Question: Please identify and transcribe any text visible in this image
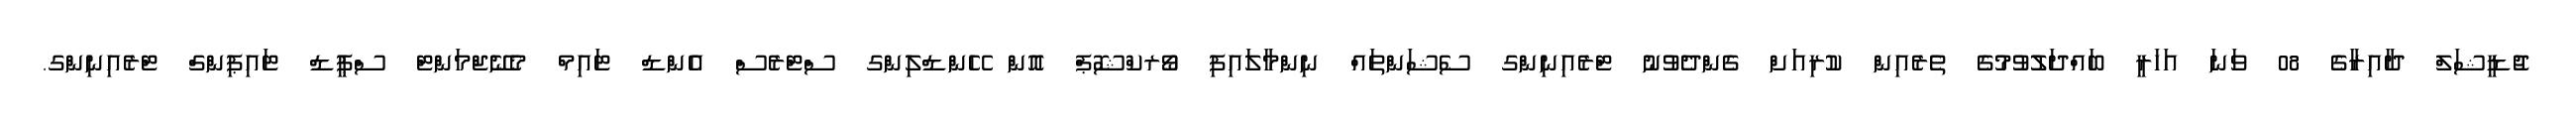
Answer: ޖުޑީޝަލް ދާއިރާގެ 08 ވަނަ އަހަރީ ބައްދަލުވުމުގެ ތެރެއިން ކުރިއަށް ގެންދެވުނު ޓްރެއިނިންގ ސެޝަންތައް ނިންމާލައިފި ވޯރކްޝޮޕް އޮން ހޭންޑްލިންގ ސްޓްރެސް އެންޑް ޓައިމް މެނޭޖްމަންޓް ސްޕީޑް ޓައިޕިންގް ޓްރެއިނިންގ.